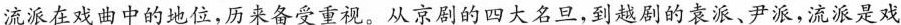
流派在戏曲中的地位，历来备受重视。从京剧的四大名旦，到越剧的袁派、尹派，流派是戏